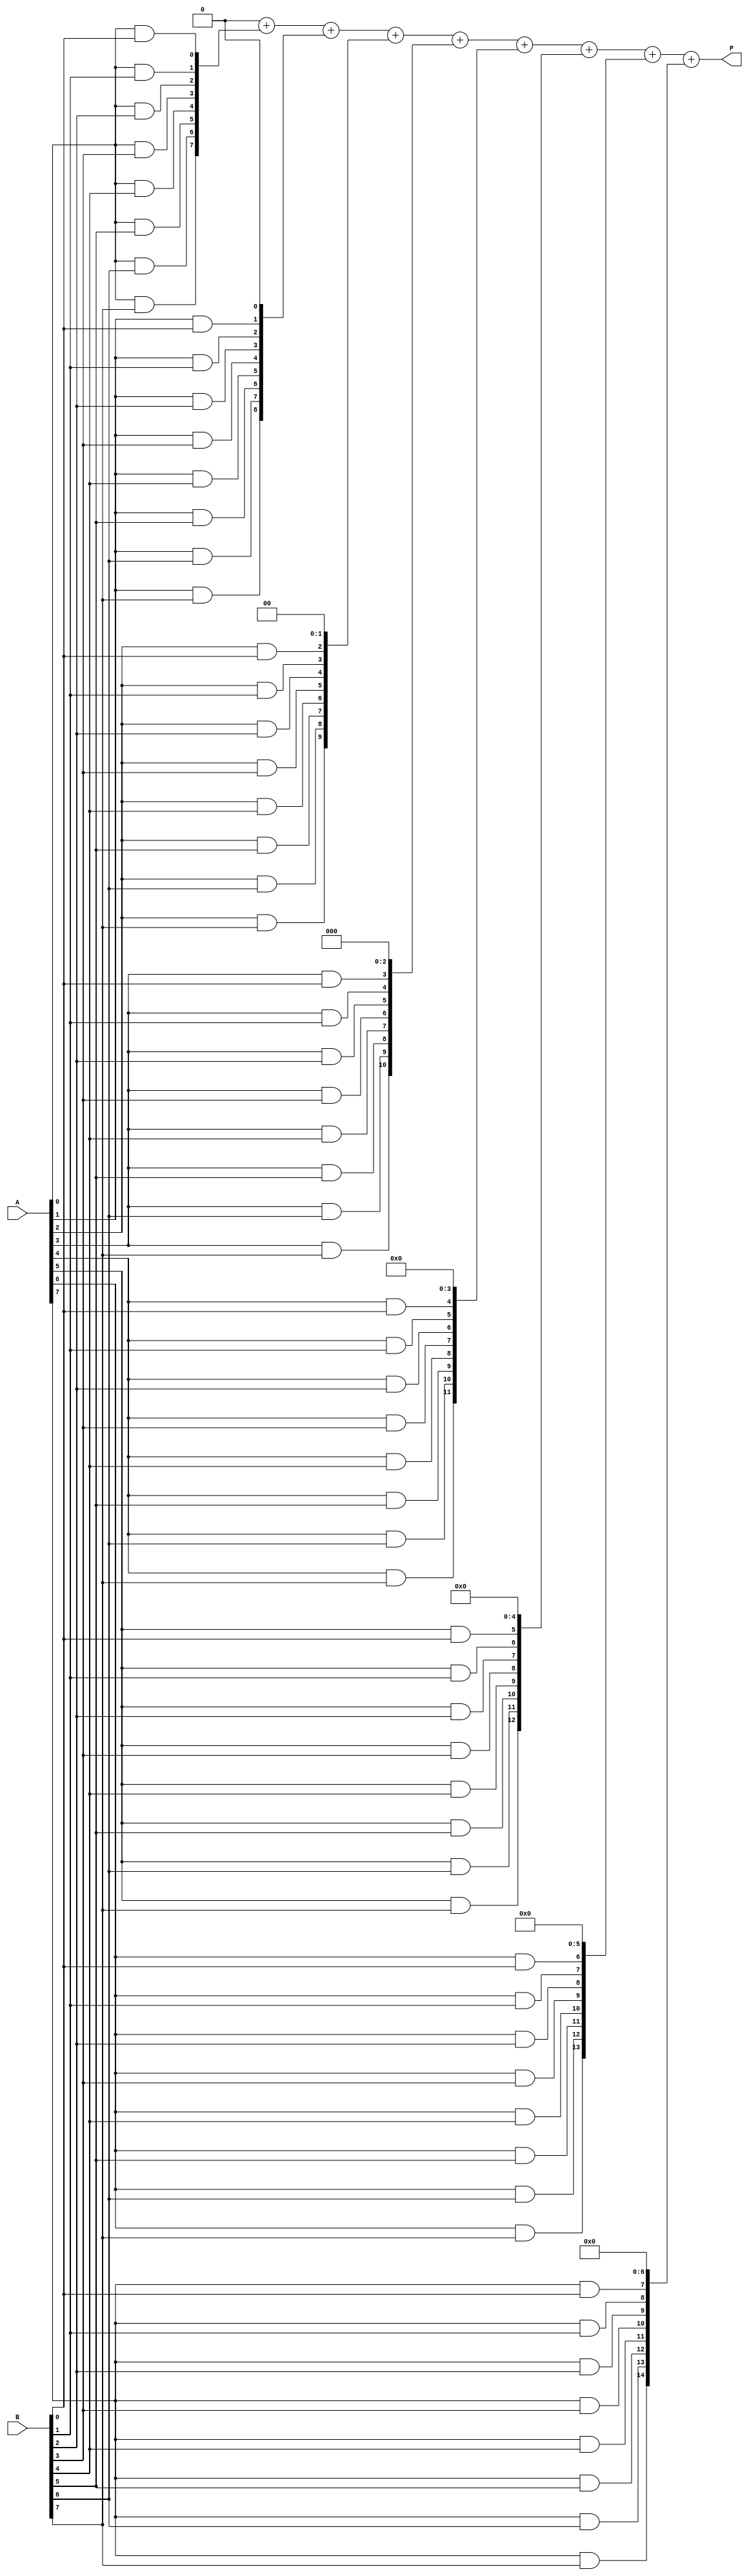
module vedic_multiplier #(parameter N = 8) (
    input  wire [N-1:0] A, // First operand
    input  wire [N-1:0] B, // Second operand
    output reg  [2*N-1:0] P // Product output
);
    // Internal wires for partial products
    wire [N-1:0] pp [N-1:0]; // Partial products
    wire [2*N-1:0] sum [N:0]; // Sum for carry addition
    
    // Generate partial products
    genvar i, j;
    generate
        for (i = 0; i < N; i = i + 1) begin: partial_product
            for (j = 0; j < N; j = j + 1) begin: inner_product
                assign pp[i][j] = A[i] & B[j]; // AND for partial product
            end
        end
    endgenerate

    // Initialize the sum array
    assign sum[0] = {N{1'b0}}; // Initialize first sum as zero

    // Perform addition of the partial products
    integer k;
    always @(*) begin
        P = 0; // Initialize product to 0
        for (k = 0; k < N; k = k + 1) begin
            sum[k + 1] = sum[k] + (pp[k] << k); // Shift and add
        end
        P = sum[N];
    end

endmodule